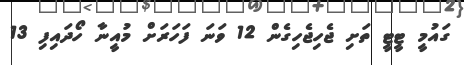
ގައުމީ ޓީޓީ ތަށި ޖެހިޖެހިގެން 12 ވަނަ ފަހަރަށް މުއީނާ ހޯދައިފި 13